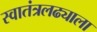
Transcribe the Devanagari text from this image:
स्वातंत्रलढ्याला